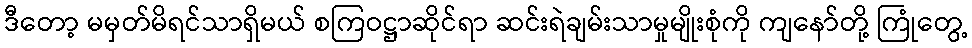
ဒီတော့ မမှတ်မိရင်သာရှိမယ် စကြဝဋ္ဌာဆိုင်ရာ ဆင်းရဲချမ်းသာမှုမျိုးစုံကို ကျနော်တို့ ကြုံတွေ့